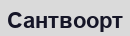
Сантвоорт